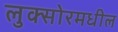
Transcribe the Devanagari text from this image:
लुक्सोरमधील